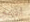
أذنه